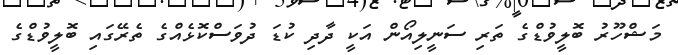
މަޝްހޫރު ބޮލީވުޑްގެ ތަރި ސަނީލިއޯން އަކީ ދާދި ކުޑަ ދުވަސްކޮޅެއްގެ ތެރޭގައި ބޮލީވުޑްގެ